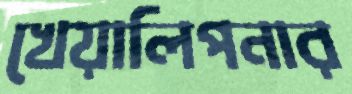
খেয়ালিপনার